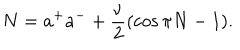
LaTeX: N = a ^ { + } a ^ { - } + \frac { \nu } { 2 } ( \cos \pi N - 1 ) .